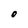
Character: O